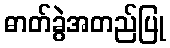
ဓာတ်ခွဲအတည်ပြု